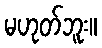
မဟုတ်ဘူး။